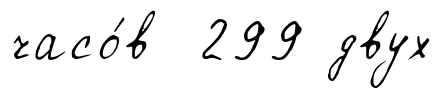
часо́в 299 двух